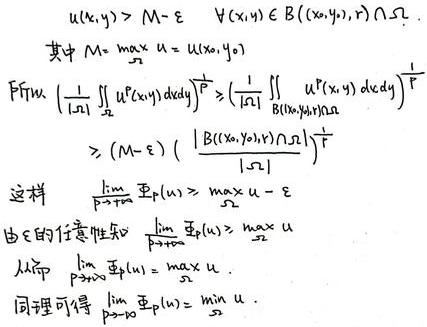
\[
\begin{align*}
&u(x,y)>M - \varepsilon\quad \forall (x,y)\in B((x_0,y_0),r)\cap\Omega\\
&\text{其中 }M=\max_{\overline{\Omega}}u = u(x_0,y_0)\\
&\text{Poincaré }\left(\frac{1}{|\Omega|}\iint_{\Omega}u^p(x,y)dxdy\right)^{\frac{1}{p}}\geqslant\left(\frac{1}{|B((x_0,y_0),r)\cap\Omega|}\iint_{B((x_0,y_0),r)\cap\Omega}u^p(x,y)dxdy\right)^{\frac{1}{p}}\\
&\geqslant (M - \varepsilon)\left(\frac{|B((x_0,y_0),r)\cap\Omega|}{|\Omega|}\right)^{\frac{1}{p}}\\
&\text{这样 }\lim_{p\rightarrow\infty}\Phi_p(u)\geqslant\max_{\overline{\Omega}}u - \varepsilon\\
&\text{由 }\varepsilon\text{ 的任意性知 }\lim_{p\rightarrow\infty}\Phi_p(u)\geqslant\max_{\overline{\Omega}}u\\
&\text{从而 }\lim_{p\rightarrow\infty}\Phi_p(u)=\max_{\overline{\Omega}}u\\
&\text{同理可得 }\lim_{p\rightarrow 0}\Phi_p(u)=\min_{\overline{\Omega}}u
\end{align*}
\]